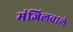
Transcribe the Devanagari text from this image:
मंजिलवाले